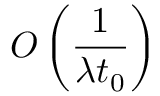
O \left( { \frac { 1 } { \lambda t _ { 0 } } } \right)